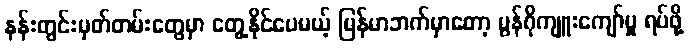
နန်းတွင်းမှတ်တမ်းတွေမှာ တွေ့နိုင်ပေမယ့် မြန်မာဘက်မှာတော့ မွန်ဂိုကျူးကျော်မှု ရပ်ဖို့